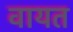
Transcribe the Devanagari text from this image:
वायत